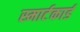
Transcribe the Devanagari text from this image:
स्मार्टकार्ड